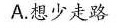
A.想少走路